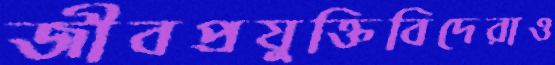
জীবপ্রযুক্তিবিদেরাও